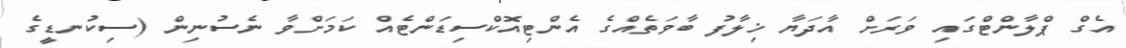
އެގް ޕްލާންޓްގައި ވަރަށް އާދަޔާ ޚިލާފު ބާވަތެއްގެ އެންޓިއޮކްސިޑަންޓެއް ކަމަށްވާ ނެސުނިން (ސިކުނޑީގެ